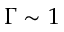
\Gamma \sim 1